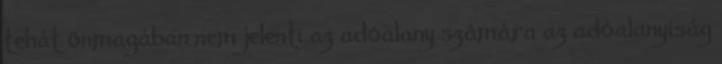
tehát önmagában nem jelenti az adóalany számára az adóalanyiság